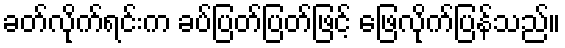
ခတ်လိုက်ရင်းက ခပ်ပြတ်ပြတ်ဖြင့် ဖြေလိုက်ပြန်သည်။